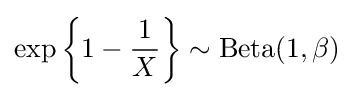
\exp \left\{1-{\frac {1}{X}}\right\}\sim {\textrm {Beta}}(1,\beta )